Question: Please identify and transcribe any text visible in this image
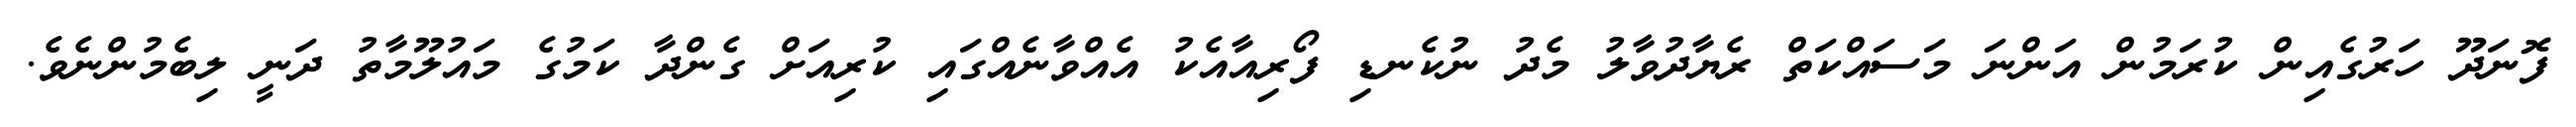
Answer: ފޮނަދޫ ހަރުގެއިން ކުރަމުން އަންނަ މަސައްކަތް ރެޔާދުވާލު މެދު ނުކެނޑި ފޯރިއާއެކު އެއްވާނެއްގައި ކުރިއަށް ގެންދާ ކަމުގެ މައުލޫމާތު ދަނީ ލިބެމުންނެވެ.